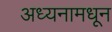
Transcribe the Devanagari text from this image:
अध्यनामधून